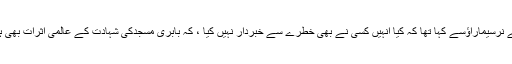
انہوں نے نرسیماراؤسے کہا تھا کہ کیا انہیں کسی نے بھی خطرے سے خبردار نہیں کیا ، کہ بابری مسجدکی شہادت کے عالمی اثرات بھی ہوں گے۔